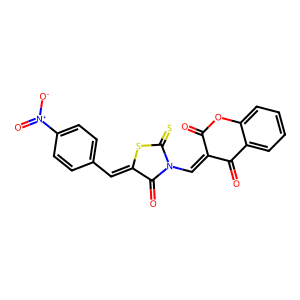
SMILES: O=C1Oc2ccccc2C(=O)C1=CN1C(=O)C(=Cc2ccc([N+](=O)[O-])cc2)SC1=S
Inhibits HIV replication: No